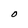
Character: O